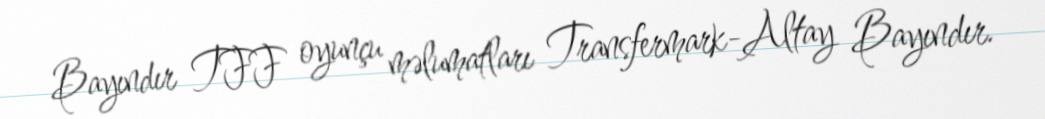
Bayındır TFF oyunçu məlumatları Transfermark-Altay Bayındır.